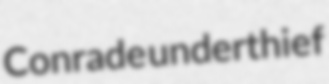
Conrade underthief